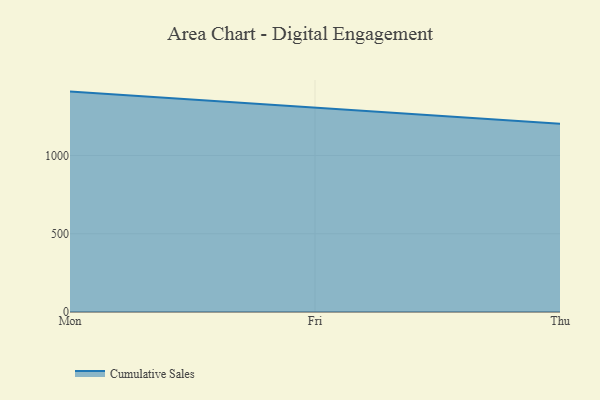
{"axis": {"x": "Day", "y": "Active Users"}, "legend": ["Cumulative Sales"], "data": [{"x": "Mon", "y": 1408.1, "type": "Cumulative Sales"}, {"x": "Fri", "y": 1304.5, "type": "Cumulative Sales"}, {"x": "Thu", "y": 1203.4, "type": "Cumulative Sales"}]}